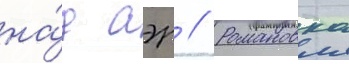
на́д аэр // Романовка